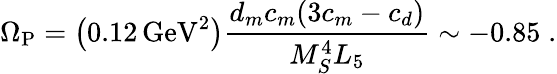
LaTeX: \Omega_{\mathrm{P}}=\left(0.12\, \mathrm{GeV}^{2}\right){\frac{d_{m}c_{m}(3c_{m}-c_{d})}{M_{S}^{4}L_{5}}}\sim-0.85\; .